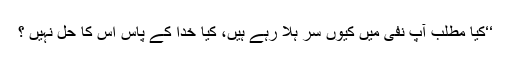
‘‘کیا مطلب آپ نفی میں کیوں سر ہلا رہے ہیں، کیا خدا کے پاس اس کا حل نہیں ؟